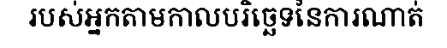
របស់អ្នកតាមកាលបរិច្ឆេទនៃការណាត់